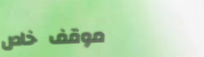
موقف خاص